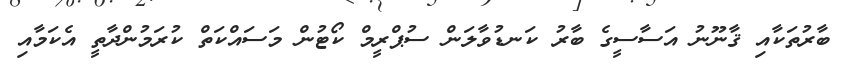
ބާރުތަކާއި ޤާނޫނު އަސާސީގެ ބާރު ކަނޑުވާލަން ސުޕްރީމް ކޯޓުން މަސައްކަތް ކުރަމުންދާތީ އެކަމާއި